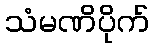
သံမဏိပိုက်